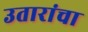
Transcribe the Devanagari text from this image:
उतारांचा